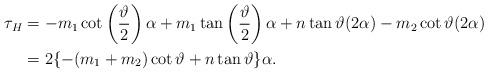
LaTeX: \begin{align*}\tau_{H}&=-m_{1}\cot \left( \frac{\vartheta}{2}\right) \alpha +m_{1}\tan \left( \frac{\vartheta}{2}\right) \alpha+n\tan \vartheta (2\alpha)-m_{2}\cot \vartheta (2\alpha) \\&=2\{ -(m_{1}+m_{2}) \cot \vartheta+n\tan \vartheta\} \alpha.\end{align*}